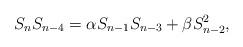
LaTeX: \begin{align*}S_{n}S_{n-4}=\alpha S_{n-1}S_{n-3}+\beta S_{n-2}^2,\end{align*}